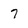
Character: 7